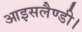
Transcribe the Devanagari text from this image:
आइसलैण्डी।